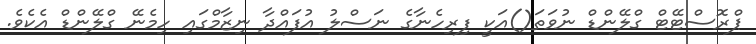
ޕްރޮސްޓޭޓް ގްލޭންޑް ނުވަތަ()އަކީ ފިރިހެނާގެ ނަސްލު އުފައްދާ ނިޒާމްގައި ހިމެނޭ ގްލޭންޑް އެކެވެ.